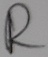
Text: R